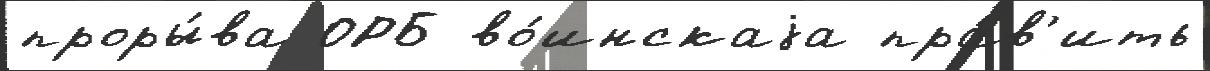
проры́ва ОРБ во́инскаjа пра́в'ить